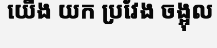
យើង យក ប្រវែង ចង្អុល